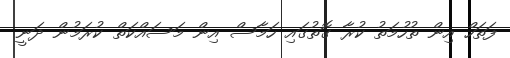
ފަތަހް އިން ތުހުމަތު ކުރާ ގޮތުގައި ހަމާސް އިން މަސައްކަތް ކުރަމުން ދަނީ